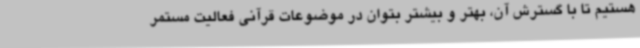
هستیم تا با گسترش آن، بهتر و بیشتر بتوان در موضوعات قرآنی فعالیت مستمر